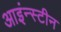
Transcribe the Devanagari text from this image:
आइंन्स्टीन